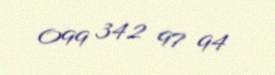
099 342 97 94